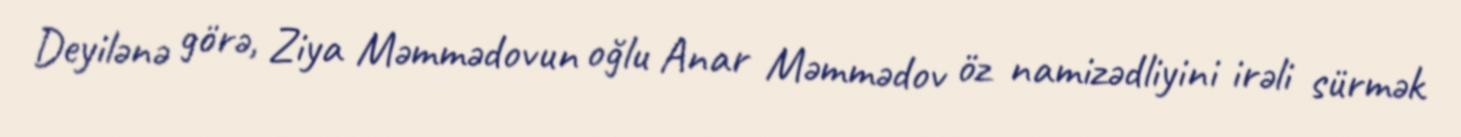
Deyilənə görə, Ziya Məmmədovun oğlu Anar Məmmədov öz namizədliyini irəli sürmək